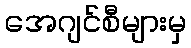
အေဂျင်စီများမှ